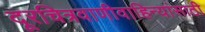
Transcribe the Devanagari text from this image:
दूरचित्रवाणीवाहिन्यांसाठी